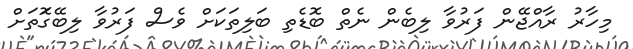
މިހާރު ރާއްޖޭން ފަރުވާ ލިބެން ނެތް ބޮޑެތި ބަލިތަކަށް ވެސް ފަރުވާ ލިބޭގޮަތަށް